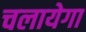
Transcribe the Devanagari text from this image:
चलायेगा